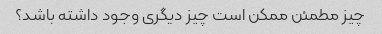
چیز مطمئن ممکن است چیز دیگری وجود داشته باشد؟